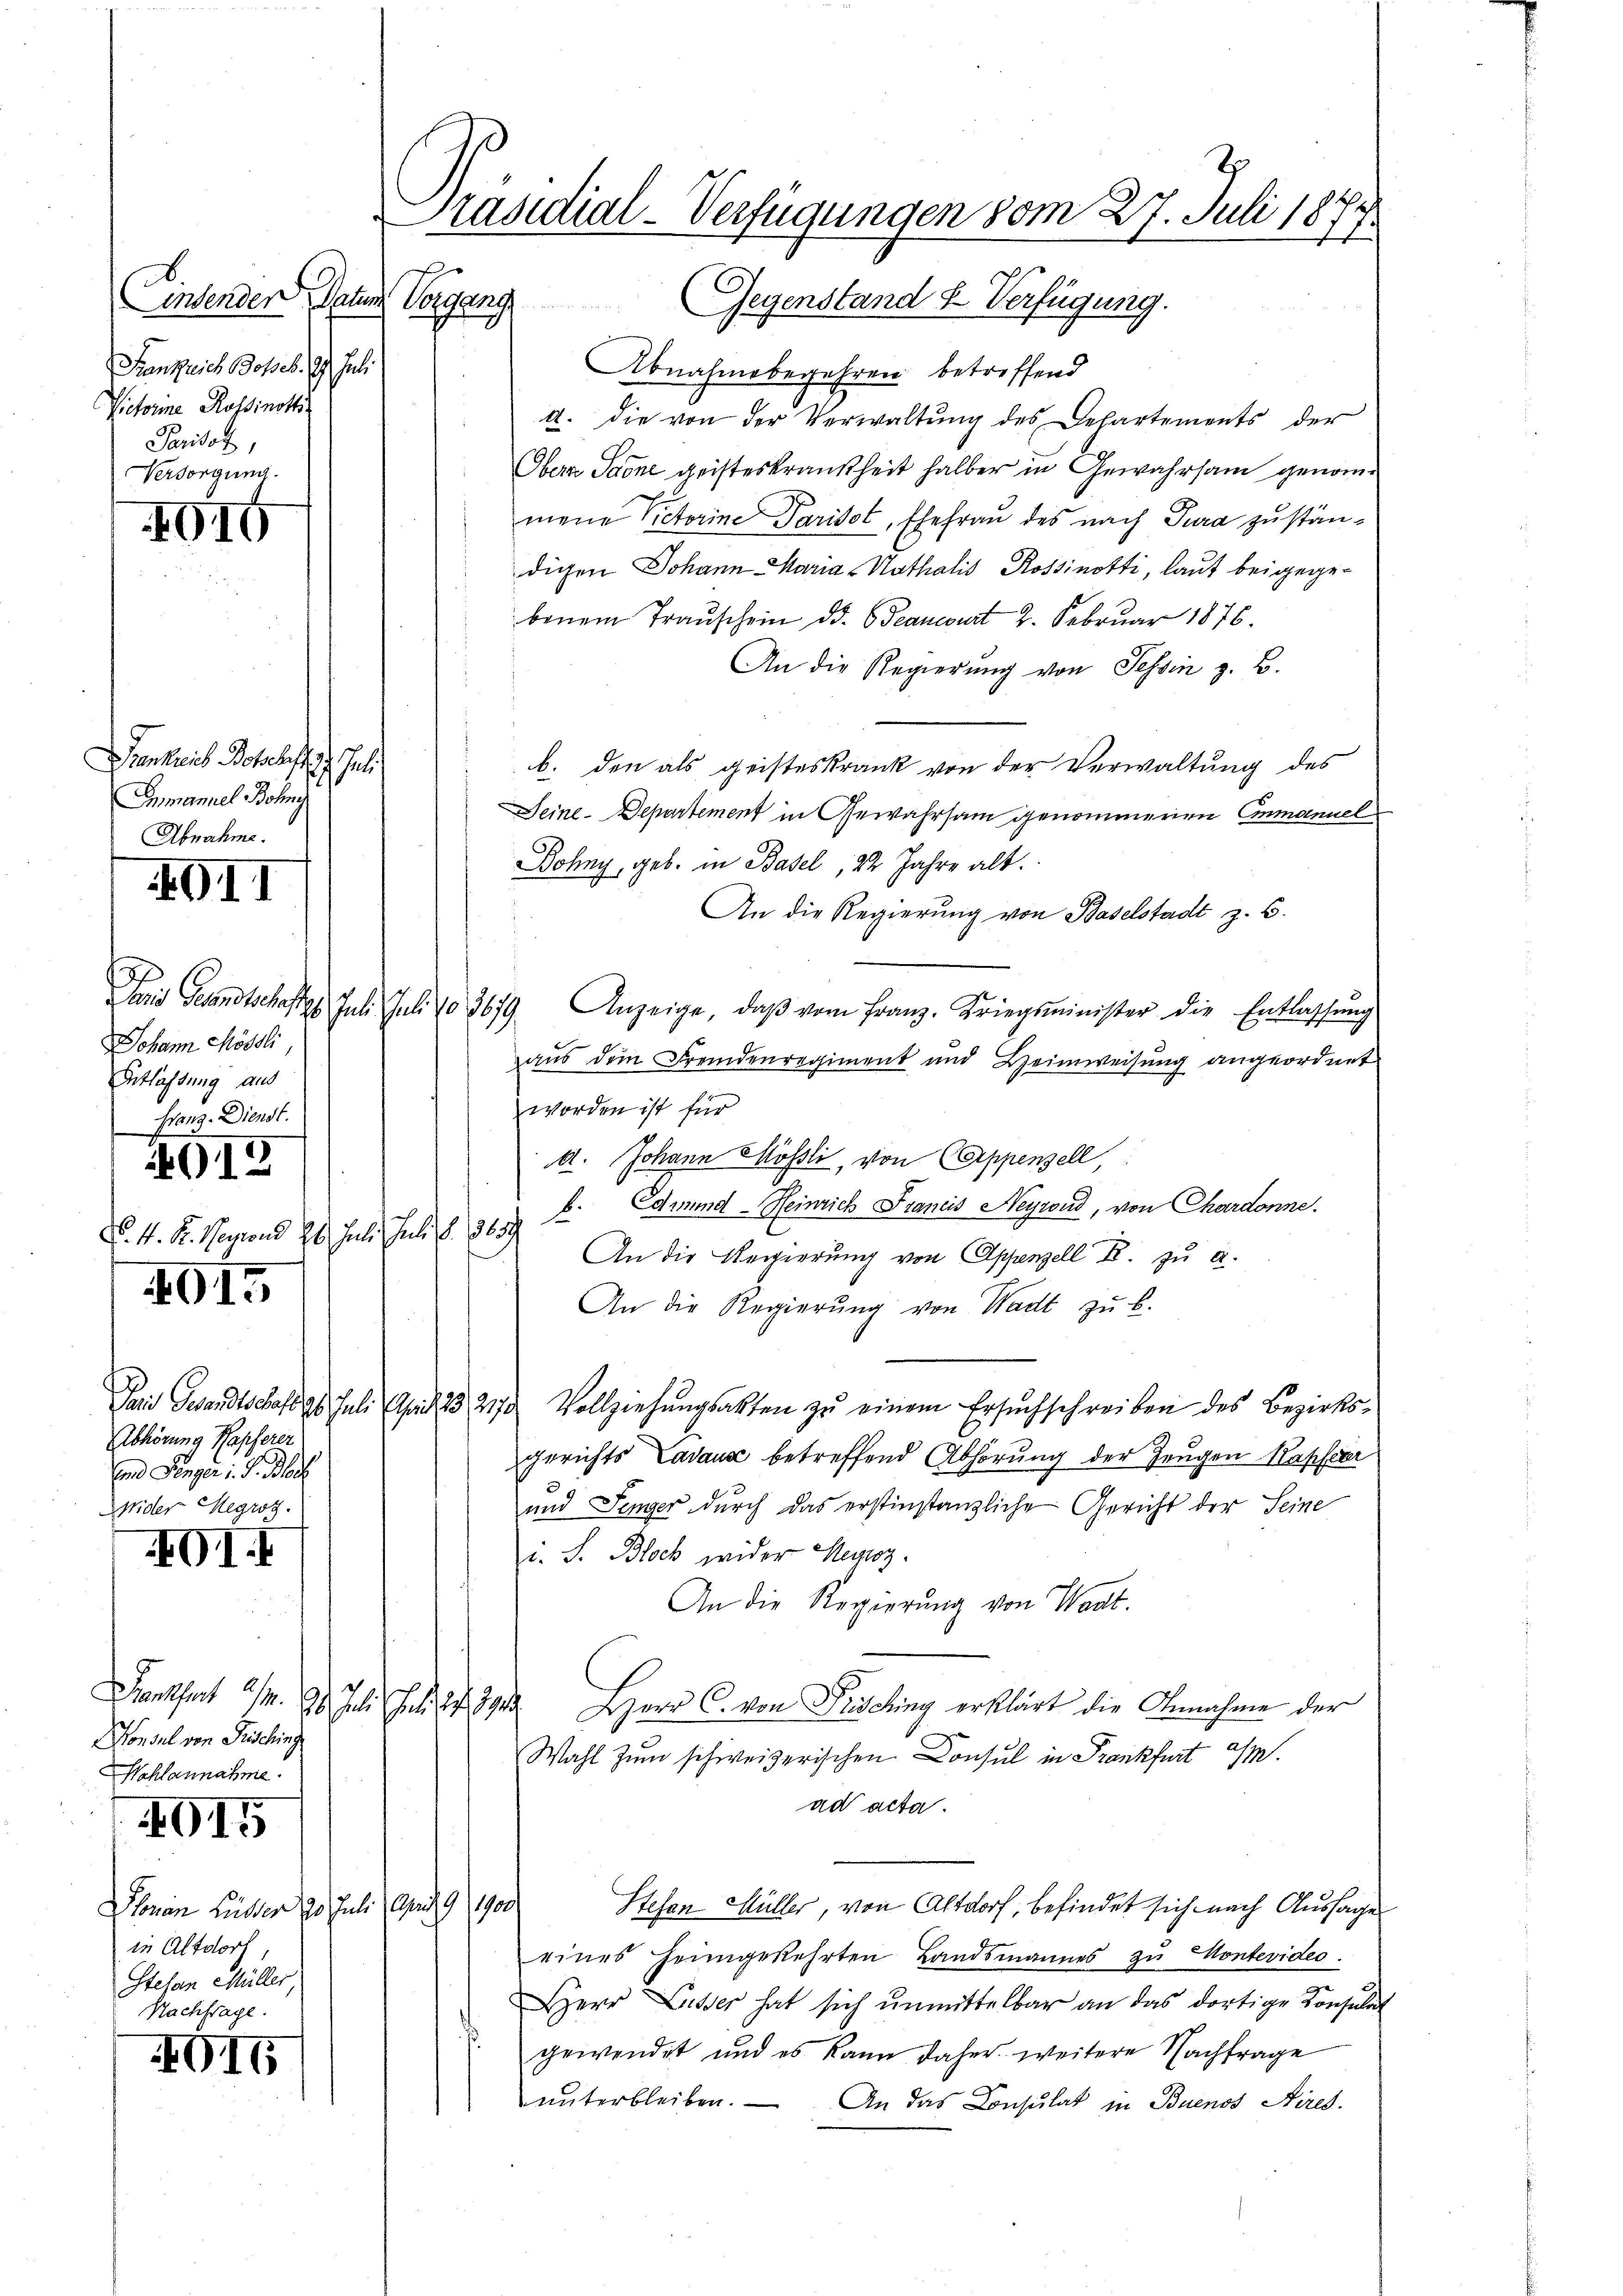
Einsenden, darum Vorgang
Fenkreich Bosses. 19. Juli
Victorine Rossinotti
Paritor,
Versorgung.

016

Sienkreis Botschaft hat
Inmanuel Bohny
Abnahme.

4011

Johann Mössli,
Entlassung aus
Hang-Dienst.

4612

N. N. K. Regien 26. Juli u. S. 363
4015

Abhörung Kapferer
End Länger v. J. Bloch
Wider Hegroz.

GII

antheit 21. d. J.
onsul von Pusching
Wahlannahme.

915

Sonen Hütter 20. Juli 1910.
in Altdorf
Stefan Müller
Nachfrage.

XVII

Abnahmebegehren betreffend
A. die von der Verwaltung des Departements der
Obern Stone geisteskrankheit halber in Gewahrsam genommene Victorine Parisot, Ehefrau des nach Tura zuständigen Johann Maria Nathalis Rossinotti, laut beigegebenem Trauschein d. Jeancourt 2. Februar 1876.
An die Regierŭng von Tessin z. B.
b. den als geisteskrank von der Verwaltung des
Seine Departement in Gewahrsam genommenen Emmanuel
Bohny, geb. in Basel, 22 Jahre alt.
An die Regierung von Baselstadt z. B.
Das Gesandtschaften Jul. Juli 103679 Anzeige, daβ vom Franz, Kriegsminister die Entlassŭng
aus dem Fremdenregiment und Heimweisung angeordnet
worden ist für
A. Johann Mössli, von Appenzell,
b. Edmund Heinrich Francis Neyrond, von Chardonne.
An die Regierung von Appenzell R. zu a.
An die Regierŭng von Wadt zŭ b.
Taid Gesandtschaft 26. Juli d. 221 Vollziehungsakten zu einem Ersuchschreiben des Bezirks¬
Gerichts Cadaus betreffend Abhörung der Zeugen Raphaer
und Senger durch das erstinstanzliche Gericht der Seine
. S. Block wider Heyroz.
An die Regierung von Want.
13
Herr C. von Frisching erklärt die Annahme der
Wahl zum schweizerischen Consul in Frankfurt a/M.
ad acta.
Stefan Müller, von Altdorf, befindet sich nach Aussage
eines heimgekehrten Landsmannes zu Montevides.
Herr Luder hat sich ŭnmittelbar an das dortige Konsulat
gewendet und es kann daher weitere Nachfrage
unterbleiben. — An das Consulat in Buenos Aires.

Präsidial-Verfügungen vom 27. Juli 1877.
Gegenstand u. Verfügung.